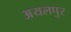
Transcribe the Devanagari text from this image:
अयलपुर